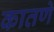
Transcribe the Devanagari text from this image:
कातणे